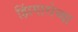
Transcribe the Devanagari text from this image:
झिंगारोच्या